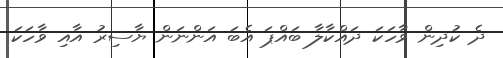
ދެ ކުދިން ވާހަކަ ދައްކާލާ ބައްޕަ އެބަ އަންނަން ޔާސިރު އާއި ވާހަކަ